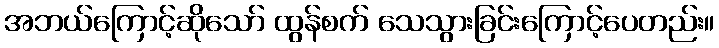
အဘယ်ကြောင့်ဆိုသော် ထွန်စက် သေသွားခြင်းကြောင့်ပေတည်း။